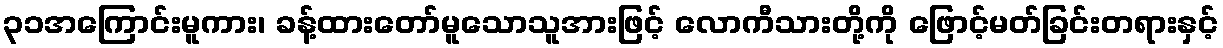
၃၁အကြောင်းမူကား၊ ခန့်ထားတော်မူသောသူအားဖြင့် လောကီသားတို့ကို ဖြောင့်မတ်ခြင်းတရားနှင့်